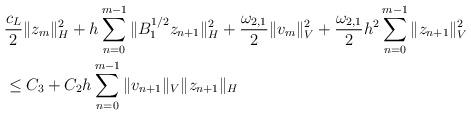
LaTeX: \begin{align*}&\frac{c_{L}}{2}\|z_{m}\|_{H}^2 + h\sum_{n=0}^{m-1}\|B_{1}^{1/2}z_{n+1}\|_{H}^2 + \frac{\omega_{2, 1}}{2}\|v_{m}\|_{V}^2 + \frac{\omega_{2, 1}}{2}h^2\sum_{n=0}^{m-1}\|z_{n+1}\|_{V}^2 \\ &\leq C_{3} + C_{2}h\sum_{n=0}^{m-1}\|v_{n+1}\|_{V}\|z_{n+1}\|_{H} \end{align*}